Leaving Certificate Examination, 1913
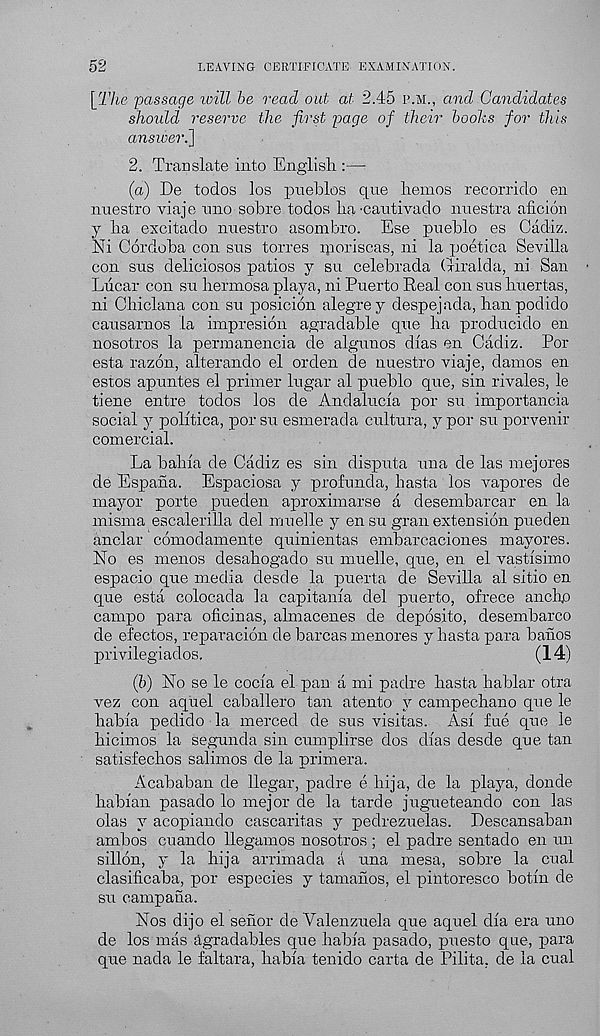
52
LEAVING CERTIFICATE EXAMINATION.
[The passage loill he read out at 2.45 p.m., and Candidates
should reserve the first page of their boohs for this
answer.]
2. Translate into English :—
(a) De todos los pueblos que hemos recorrido en
nuestro viaje uno sobre todos ha'Cautivado nuestra aficion
j ha excitado nnestro asombro. Ese pueblo es Cadiz.
Ni Cordoba con sus torres pioriscas, ni la poetica Sevilla
con sus deliciosos patios y su celebrada (xiralda, ni San
Liicar con su hermosa playa, ni Puerto Real con sus huertas,
ni Chiclana con su posicion alegrey despejada, hanpodido
causarnos la impresion agradable que ha producido en
nosotros la permanencia de algunos dias en Cadiz. Por
esta razon, alterando el orden de nuestro viaje, damos en
estos apuntes el primer lugar al pueblo que, sin rivales, le
tiene entre todos los de Andalucia por su importancia
social y politica, por su esmerada cultura, y por su porvenir
comercial.
La bahia de Cadiz es sin disputa una de las mejores
de Espana. Espaciosa y profunda, hasta los vapores de
mayor porte pueden aproximarse a desembarcar en la
misma escalerilla del muelle y en su gran extension pueden
anclar comodamente quinientas embarcaciones mayores.
No es menos desahogado su muelle, que, en el vastisimo
espacio que media desde la puerta de Sevilla al sitio en
que esta colocada la capitania del puerto, ofrece anchp
campo para oficinas, almacenes de deposito, desembarco
de efectos, reparation de barcas menores y hasta para banos
privilegiados.
(14)
(Zi) No se le cocia el pan a mi padre hasta hablar otra
vez con aquel caballero tan atento y campechano que le
habia peclido la merced de sus visitas. Asi fue que le
hicimos la segunda sin cumplirse dos dias desde que tan
satisfechos salimos de la primera.
Acababan de llegar, padre e hija, de la playa, donde
habian pasado lo mejor de la tarde jugueteando con las
olas y acopiando cascaritas y pedrezuelas. Descansaban
ambos cuando llegamos nosotros ; el padre sentado en un
sillon, y la hija arrimada a una mesa, sobre la cual
clasificaba, por especies y tamanos, el pintoresco botin de
su campana.
Nos dijo el senor de Valenzuela que aquel dia era uno
de los mas agradables que habia pasado, puesto que, para
que nada le faltara, habia tenido carta de Pilita, de la cual